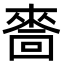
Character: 𠾂